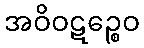
အဝိဝဋဉ္စေဝ